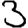
Digit: 3